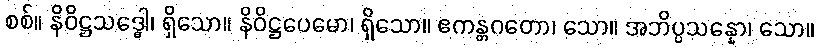
စစ်။ နိဝိဋ္ဌသဒ္ဓေါ၊ ရှိသော။ နိဝိဋ္ဌပေမော၊ ရှိသော။ ဧကန္တဂတော၊ သော။ အဘိပ္ပသန္နော၊ သော။